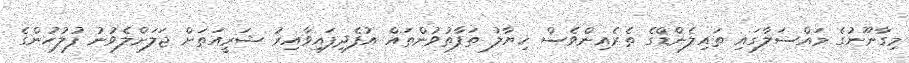
މިގާނޫނުގެ މައްސަލާގައި ތައިލެންޑްގެ ތެރެއިންވެސް ޚިޔާލު ތަފާތުވުންތައް އުފެދިފައިވާއިރު ޝަރީއަތަށް ޖަލަށްލެވުނު ފުލުހުންގެ